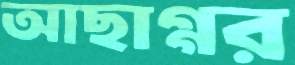
আছাগ্গর